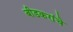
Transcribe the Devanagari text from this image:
बीडकरांचे